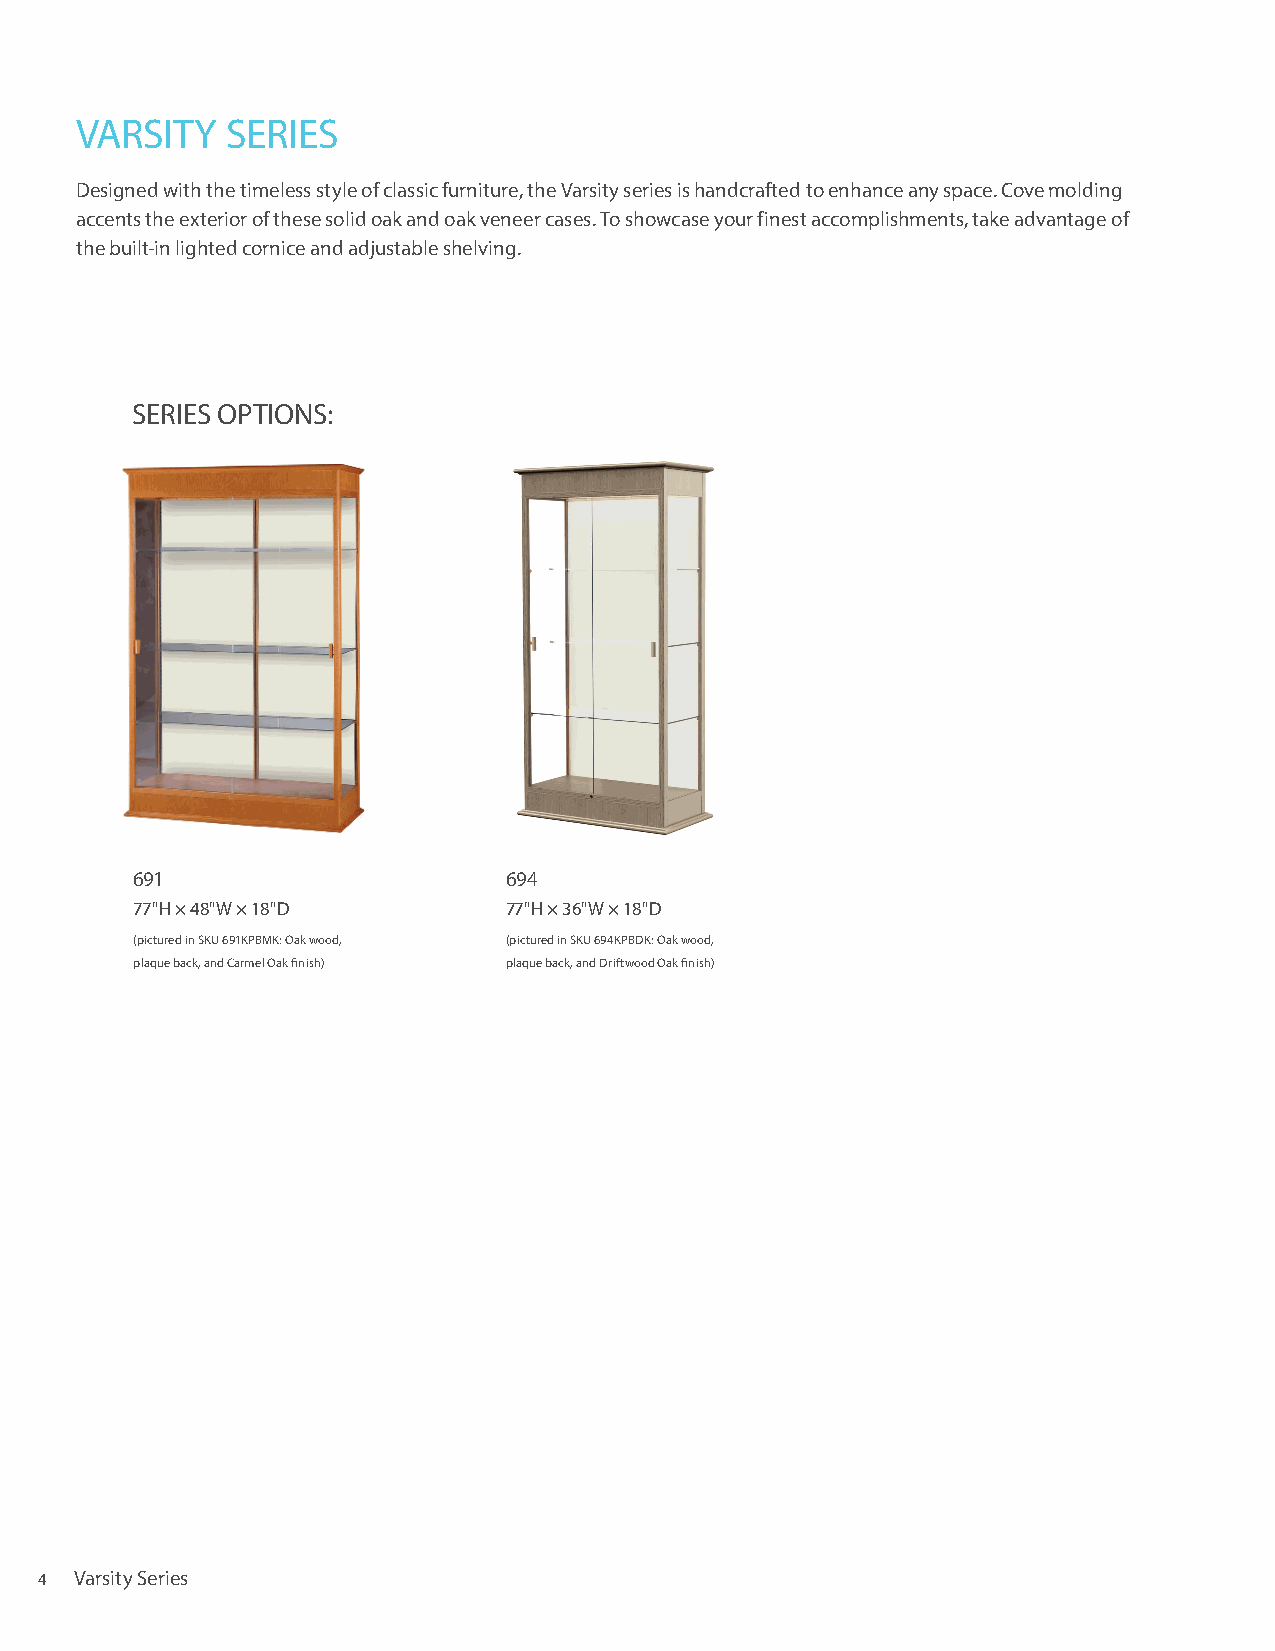
VARSITY   SERIES
 Designed with the timeless style of classic furniture, the Varsity series is handcrafted to enhance any space. Cove molding
 accents the exterior of these solid oak and oak veneer cases. To showcase your finest accomplishments, take advantage of
 the built-in lighted cornice and adjustable shelving.
 SERIES OPTIONS:
 691                     694
 77"H × 48"W × 18"D      77"H × 36"W × 18"D
 (pictured in SKU 691KPBMK: Oak wood, (pictured in SKU 694KPBDK: Oak wood,
 plaque back, and Carmel Oak finish) plaque back, and Driftwood Oak finish)
 4  Varsity Series